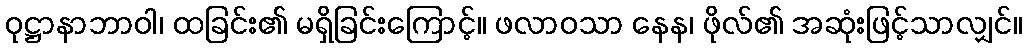
ဝုဋ္ဌာနာဘာဝါ၊ ထခြင်း၏ မရှိခြင်းကြောင့်။ ဖလာဝသာ နေန၊ ဖိုလ်၏ အဆုံးဖြင့်သာလျှင်။